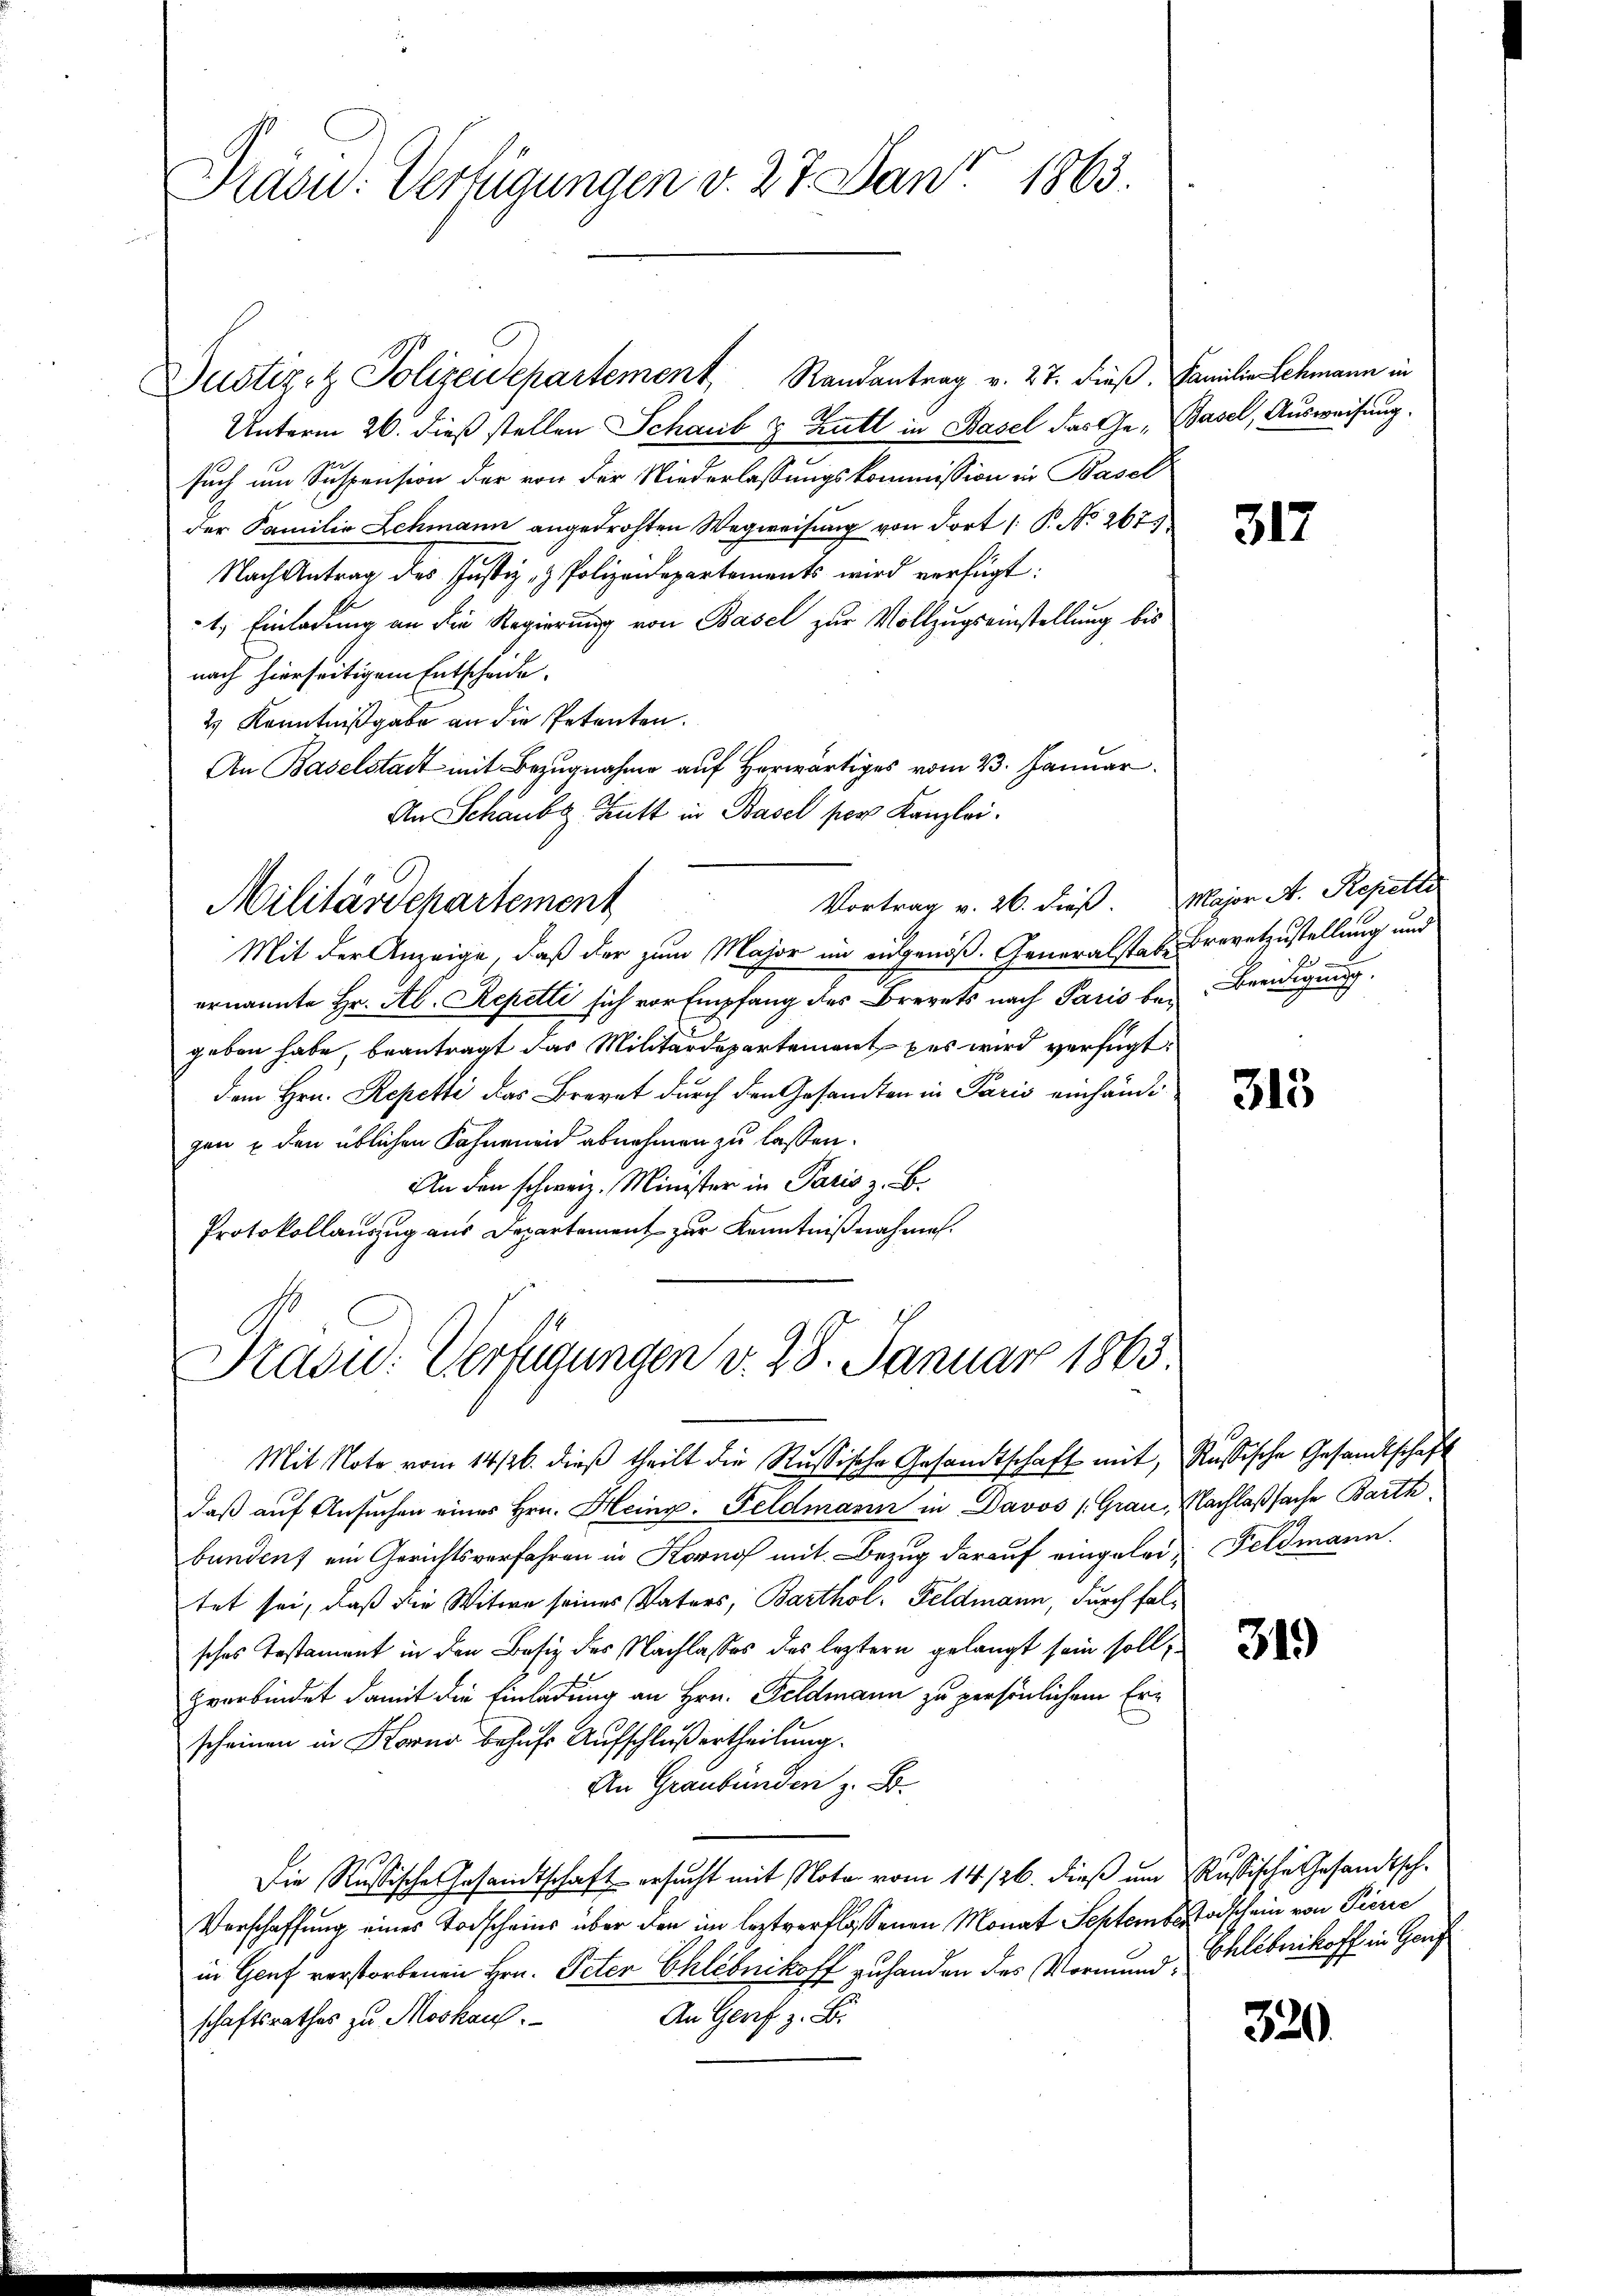
Präsid. Verfügungen v. 27. Janr. 1863.

Justiz- & Polizeidepartement Randantrag v. 27. dieß.
Unterm 26. dieß stellen Schaub & Zutt in Basel das Gesuch um Suspension der von der Niederlassungskommission in Basel
der Familie Lehmann angedrohten Wegweisung von dort /: P. No 267.
Nach Antrag des Justiz- & Polizeidepartements wird verfügt:
1.) Einladung an die Regierung von Basel zur Vollzugseinstellung bis
nach hierseitigem Entscheide.
2 Kenntnißgabe an die Petenten.
An Baselstadt mit Bezugnahme auf Herwärtiges vom 23. Januar
An Schaube Hutt in Basel per Kanzlei.
Vortrag v. 26. dieß.
Militärdepartement
Mit der Anzeige, daß der zum Major im eidgenöß. Generalstabe Brevetzustellung und
ernannte Hr. Ab. Repetti sich vor Empfang des Brevets nach Paris bei Beeidigung.
geben habe beantragt das Militärdepartement pas wird verfügt
dem Hrn. Repetti das Brevet durch den Gesandten in Paris einhändi-
gen u den üblichen Fahneneid abnehmen zu lassen.
An den schweiz. Minister in Paris z. B.
Protokollauszug aus Departement zur Kenntnißnahmen.

Präsid. Verfügungen v. 28. Januar 1863.

Familie Lehmann in
Basel, Ausweisung.

Mit Note vom 14/26. dieβ theilt die Rußische Gesandtschaft mit, Russische Gesandtschaft
daβ aŭf Ansŭchen eines Hrn. Heinr. Feldmann in Davos (Grau, Nachlaßsache Barth
bundent ein Gerichtsverfahren in Korn mit Bezug darauf eingelei Feldmann
tet sei, daß die Witwe seines Vaters, Barthol. Feldmann, durch falsches Testament in den Besiz des Nachlasses des leztern gelangt sein soll,
zverbindet damit die Einladung an Hrn. Feldmann zu persönlichem Erscheinen in Korno behufs Aufschluß ertheilung.
An Graubünden z. B.
Die Rußische Gesamtschaft ersucht mit Nota vom 14/26. dieß um Russische Gesandtsch-
Verschaffung eines Todscheins über den im leztverflossenen Monat September schein von Pierre
in Genf verstorbenen Hrn. Peter Chlébnikoff zuhanden des Mormund Chlébnikoff in Ganz
An Genf z. B.
schaftsrathes zu Moskauf.

317

Major A. Repetti
f

315

319

320